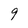
Character: 9